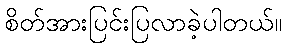
စိတ်အားပြင်းပြလာခဲ့ပါတယ်။